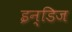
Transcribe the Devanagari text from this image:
इन्डिज